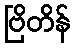
ဗြိတိန်